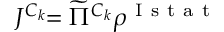
J ^ { C _ { k } } \! \! = \widetilde { \Pi } ^ { C _ { k } } \rho ^ { \mathrm { ~ I ~ s ~ t ~ a ~ t ~ } }